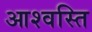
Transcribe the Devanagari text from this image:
आश्वस्ति